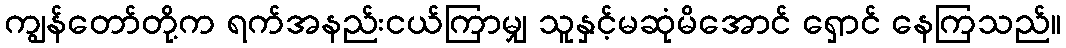
ကျွန်တော်တို့က ရက်အနည်းငယ်ကြာမျှ သူနှင့်မဆုံမိအောင် ရှောင် နေကြသည်။